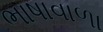
ભાષાવાળા